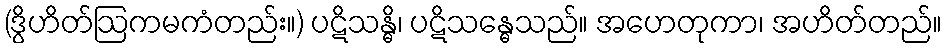
(ဒွိဟိတ်ဩကမကံတည်း။) ပဋိသန္ဓိ၊ ပဋိသန္ဓေသည်။ အဟေတုကာ၊ အဟိတ်တည်။